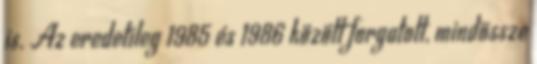
is. Az eredetileg 1985 és 1986 között forgatott, mindössze